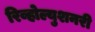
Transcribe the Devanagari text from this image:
रिव्होल्युशनरी